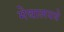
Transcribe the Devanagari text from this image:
मेघालयचे